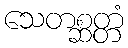
သေတစ္ဆတ္တံ